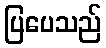
ပြပေသည်